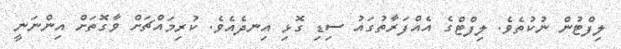
ލިފްޓުން ނުކުތެވެ. ލިފްޓްގެ އެއްފަރާތުގައު ސިޑި ގޮޅި އިނދެއެވެ. ކުރިމައްޗަށް ވާގޮތަށް އިންނަނީ